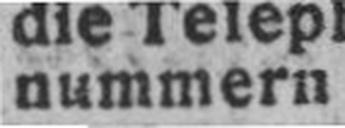
nummern